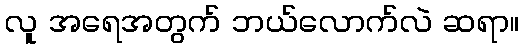
လူ အရေအတွက် ဘယ်လောက်လဲ ဆရာ။